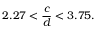
2 . 2 7 < \frac { c } { d } < 3 . 7 5 .